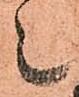
上